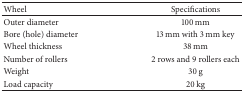
<table><thead><tr><td><b>Wheel</b></td><td><b>Specifications</b></td></tr></thead><tbody><tr><td>Outer diameter</td><td>100 mm</td></tr><tr><td>Bore (hole) diameter</td><td>13 mm with 3 mm key </td></tr><tr><td>Wheel thickness</td><td>38 mm</td></tr><tr><td>Number of rollers</td><td>2 rows and 9 rollers each</td></tr><tr><td>Weight</td><td>30 g</td></tr><tr><td>Load capacity</td><td>20 kg</td></tr></tbody></table>